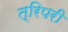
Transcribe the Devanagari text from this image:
त्रिपरी